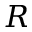
{ \cal R }